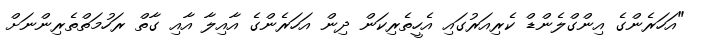
"އަހަރެންގެ އިންގްލެންޑް ކެރިއަރުގައި އެހީތެރިކަން ދިން އަހަރެންގެ އާއިލާ އާއި ގާތް ރަހުމަތްތެރިންނަށް